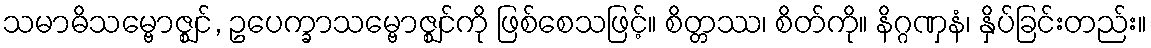
သမာဓိသမ္ဗောဇ္ဈင်, ဥပေက္ခာသမ္ဗောဇ္ဈင်ကို ဖြစ်စေသဖြင့်။ စိတ္တဿ၊ စိတ်ကို။ နိဂ္ဂဏှနံ၊ နှိပ်ခြင်းတည်း။